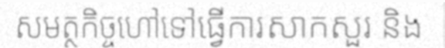
សមត្ថកិច្ចហៅទៅធ្វើការសាកសួរ និង